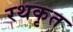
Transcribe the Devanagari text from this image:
रथकृत